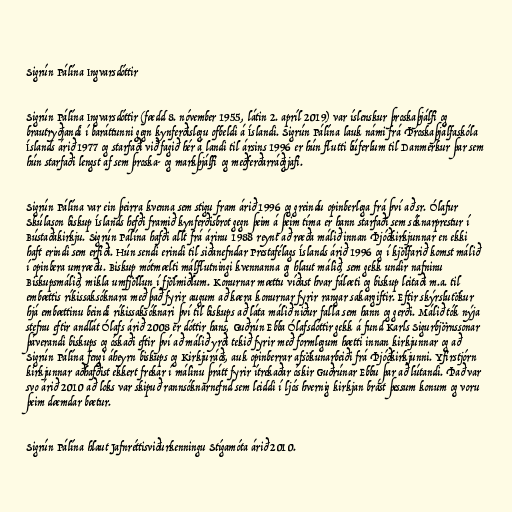
Sigrún Pálína Ingvarsdóttir

Sigrún Pálína Ingvarsdóttir (fædd 8. nóvember 1955, látin 2. apríl 2019) var íslenskur þroskaþjálfi og
brautryðjandi í baráttunni gegn kynferðislegu ofbeldi á Íslandi. Sigrún Pálína lauk námi frá Þroskaþjálfa­skóla
Íslands árið 1977 og starfaði við fagið hér á landi til ársins 1996 er hún flutti bú­ferl­um til Dan­merk­ur þar sem
hún starfaði lengst af sem þroska- og markþjálfi og meðferðarráðgjafi.

Sigrún Pálína var ein þeirra kvenna sem stigu fram árið 1996 og greindu opinberlega frá því að sr. Ólafur
Skúlason biskup Íslands hefði framið kynferðisbrot gegn þeim á þeim tíma er hann starfaði sem sóknarprestur í
Bústaðakirkju. Sigrún Pálína hafði allt frá árinu 1988 reynt að ræða málið innan Þjóðkirkjunnar en ekki
haft erindi sem erfiði. Hún sendi erindi til siðanefndar Prestafélags Íslands árið 1996 og í kjölfarið komst málið
í opinbera umræðu. Biskup mótmælti málflutningi kvennanna og hlaut málið, sem gekk undir nafninu
Biskupsmálið, mikla umfjöllun í fjölmiðlum. Konurnar mættu víðast hvar fálæti og biskup leitaði m.a. til
embættis ríkissaksóknara með það fyrir augum að kæra konurnar fyrir rangar sakargiftir. Eftir skýrslutökur
hjá embættinu beindi ríkissaksóknari því til biskups að láta málið niður falla sem hann og gerði. Málið tók nýja
stefnu eftir andlát Ólafs árið 2008 er dóttir hans, Guðrún Ebba Ólafsdóttir gekk á fund Karls Sigurbjörnssonar
þáverandi biskups og óskaði eftir því að málið yrði tekið fyrir með formlegum hætti innan kirkjunnar og að
Sigrún Pálína fengi áheyrn biskups og Kirkjuráðs, auk opinberrar afsökunarbeiði frá Þjóðkirkjunni. Yfirstjórn
kirkjunnar aðhafðist ekkert frekar í málinu þrátt fyrir ítrekaðar óskir Guðrúnar Ebbu þar að lútandi. Það var
svo árið 2010 að loks var skipuð rannsóknarnefnd sem leiddi í ljós hvernig kirkjan brást þessum konum og voru
þeim dæmdar bætur.

Sigrún Pálína hlaut Jafnréttisviðurkenningu Stígamóta árið 2010.